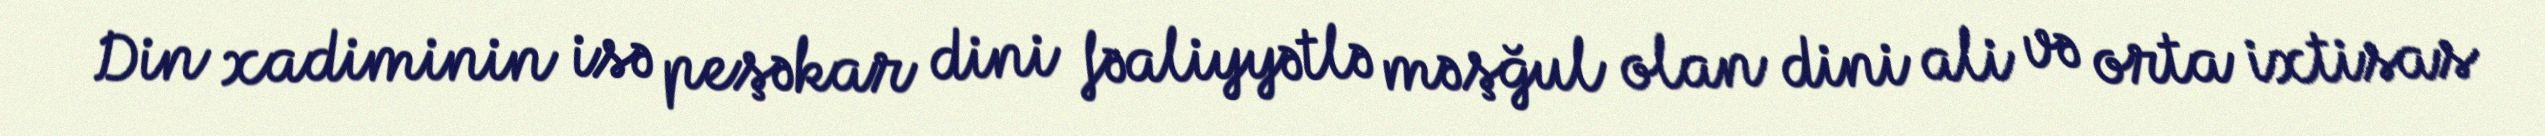
Din xadiminin isə peşəkar dini fəaliyyətlə məşğul olan dini ali və orta ixtisas